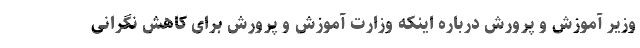
وزیر آموزش و پرورش درباره اینکه وزارت آموزش و پرورش برای کاهش نگرانی